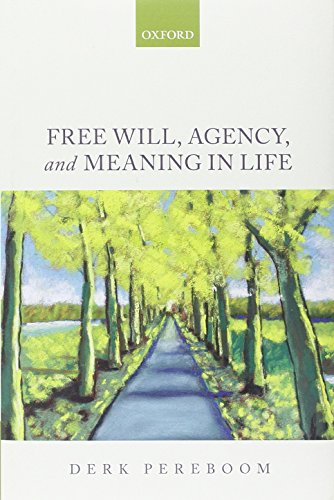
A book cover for Free Will, Agency, and Meaning in Life; Derk Pereboom; Politics & Social Sciences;